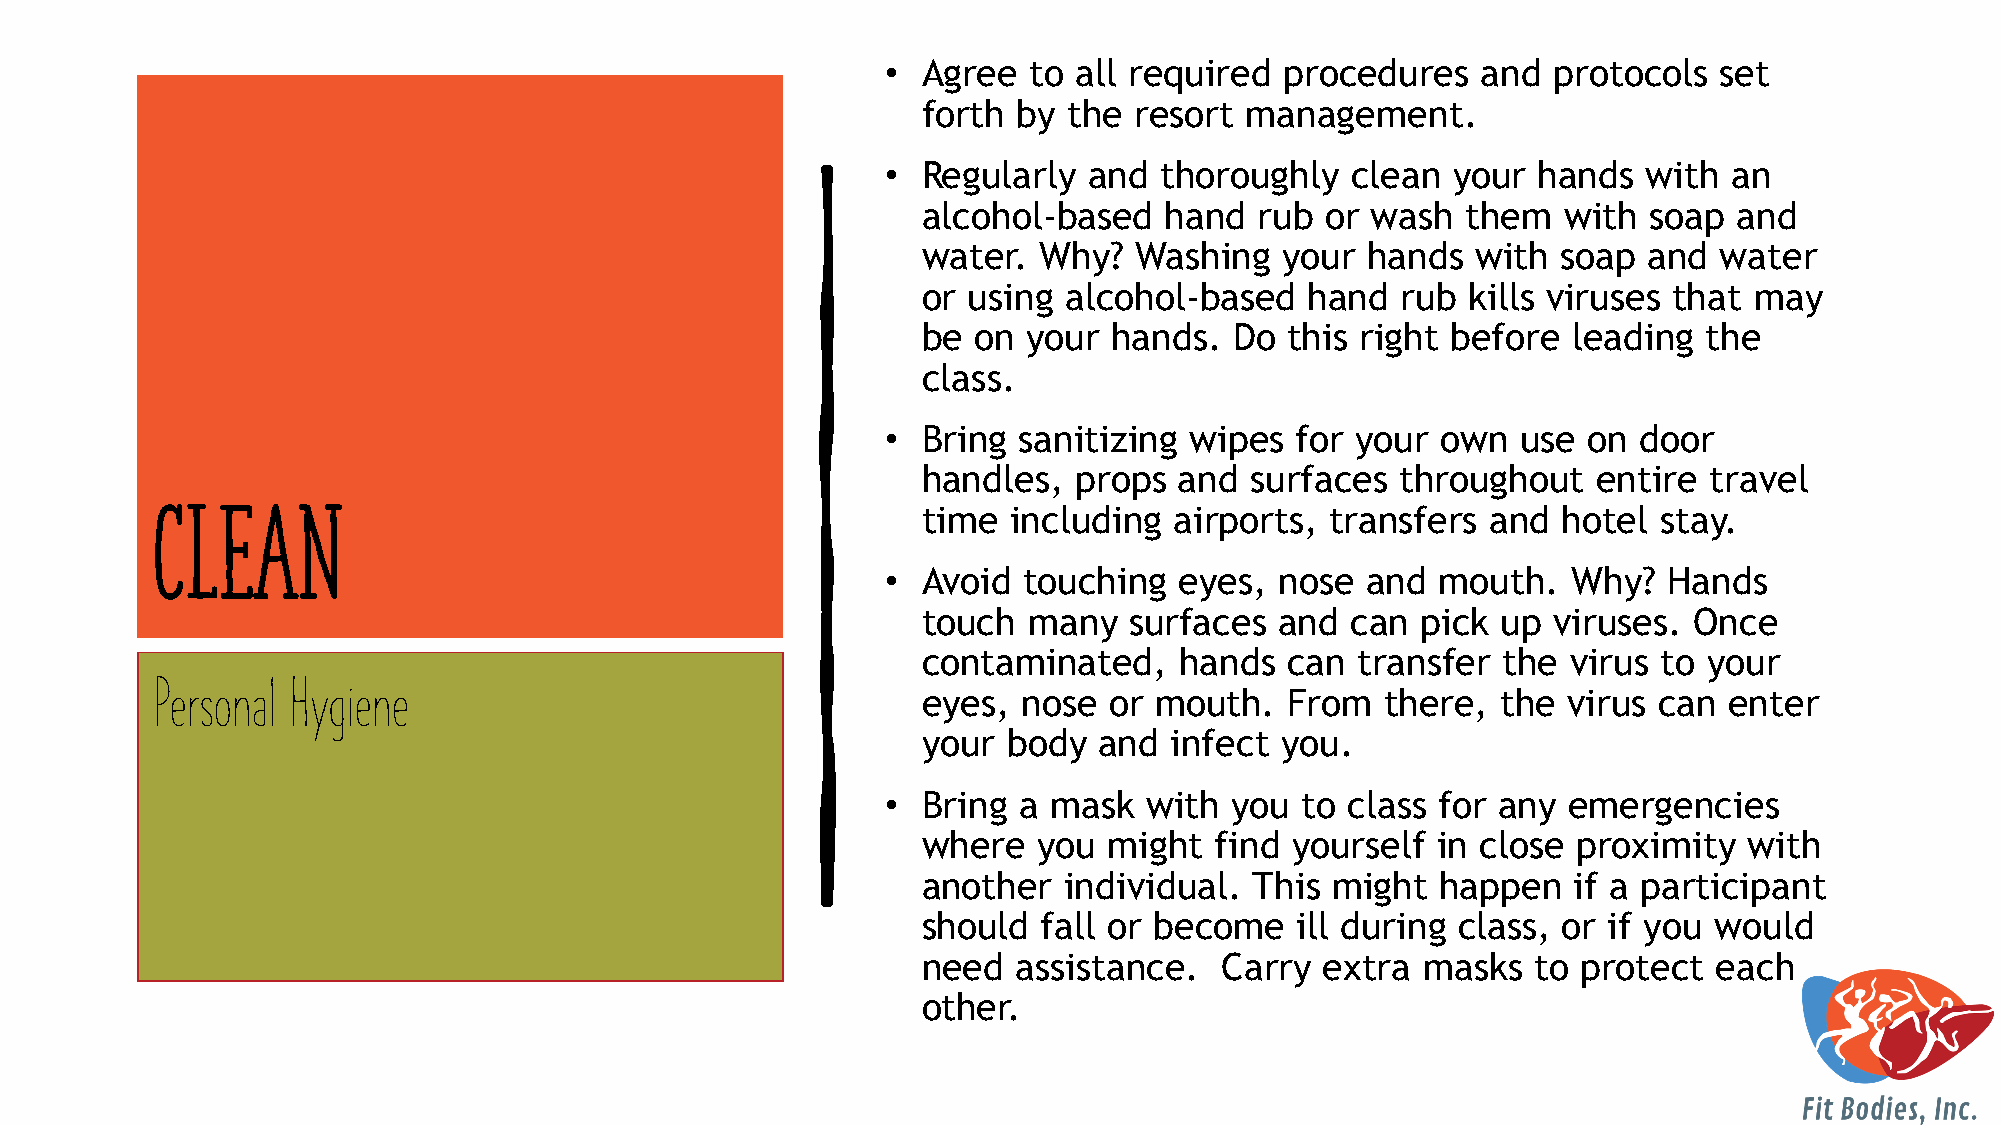
• Agree  to all required  procedures   and  protocols  set
 forth by  the resort management.
 • Regularly  and  thoroughly  clean  your  hands  with  an
 alcohol-based   hand  rub  or wash  them   with soap  and
 water.  Why?  Washing   your  hands  with soap  and  water
 or using alcohol-based    hand  rub kills viruses that may
 be  on your  hands.  Do this right before  leading  the
 class.
 • Bring sanitizing  wipes  for your own   use on  door
 handles,  props  and  surfaces  throughout   entire travel
 CLEAN
 time  including  airports, transfers  and hotel  stay.
 • Avoid  touching  eyes,  nose and  mouth.   Why?  Hands
 touch  many   surfaces  and can  pick up  viruses. Once
 contaminated,    hands  can  transfer the  virus to your
 Personal Hygiene
 eyes,  nose or mouth.   From   there, the  virus can enter
 your  body  and infect  you.
 • Bring a mask   with  you to class for any  emergencies
 where   you might  find  yourself in close proximity   with
 another  individual.  This might  happen   if a participant
 should  fall or become   ill during class, or if you would
 need  assistance.   Carry  extra masks   to protect  each
 other.